Indian journal of veterinary science and animal husbandry - Volume 5,
Year: 1935
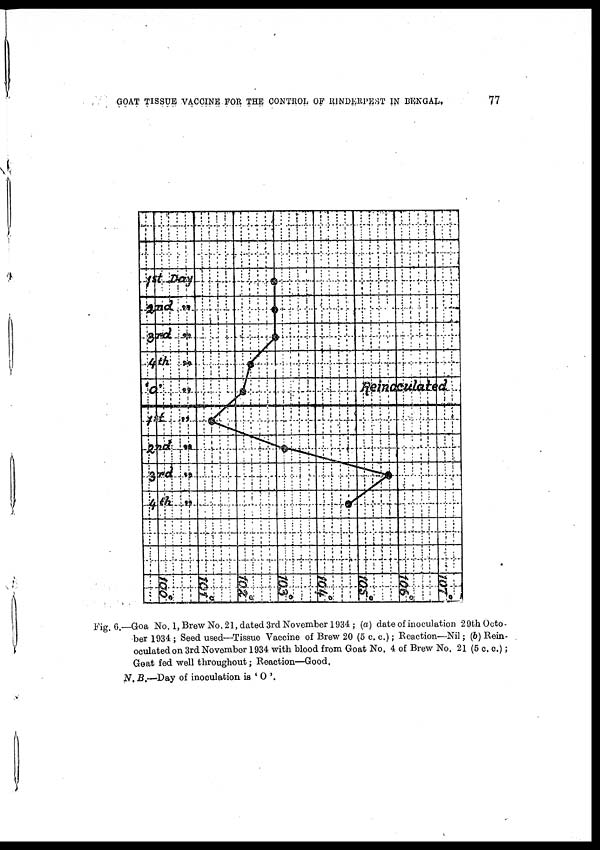
GOAT TISSUE VACCINE FOR THE CONTROL OF RINDERPEST IN
BENGAL.
77
Fig. 6.—Goa No. 1, Brew No. 21, dated 3rd November 1934; (a) date of inoculation 29th Octo-
ber 1934 ; Seed used—Tissue Vaccine of Brew 20 (5 c. c.) ; Reaction—Nil ; (b) Rein-
oculated on 3rd November 1934 with blood from Goat No. 4 of Brew No. 21 (5 c. c.) ;
Goat fed well throughout; Reaction—Good.
N.B.—Day of inoculation is ' O '.